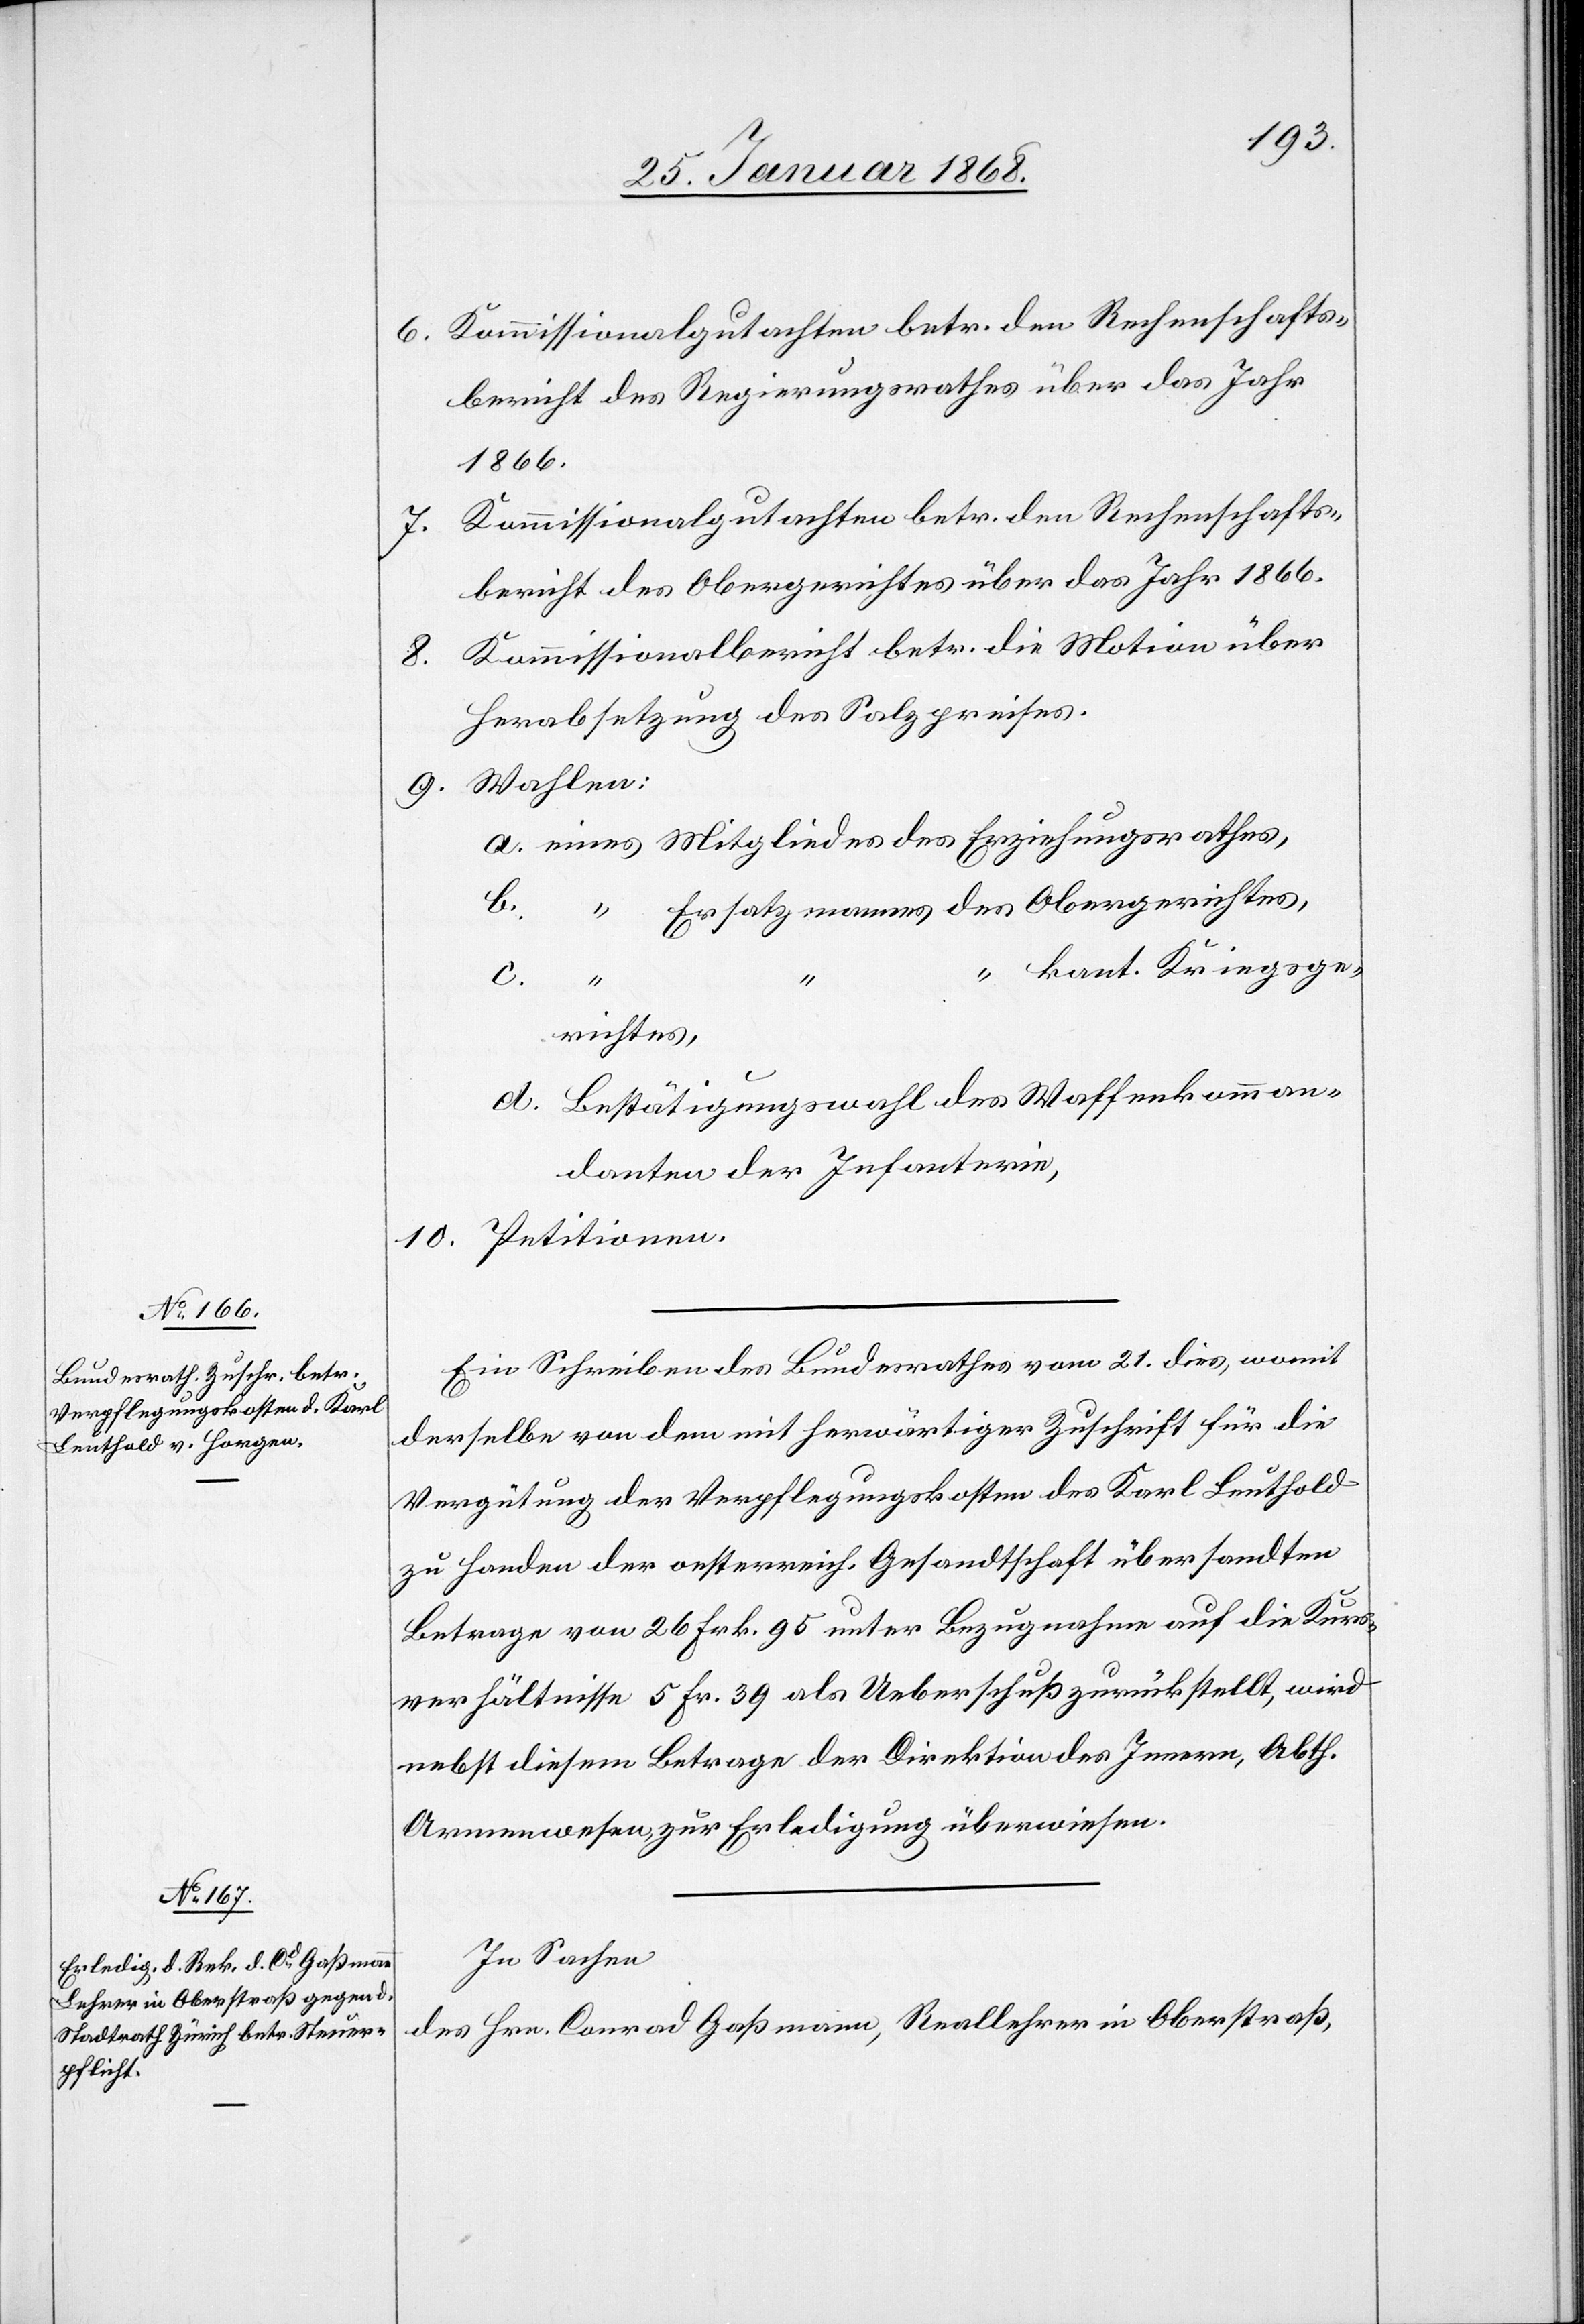
Kommissionalgutachten betr. den Rechenschafts¬
bericht des Regierungsrathes über das Jahr
1866.
bericht des Obergerichtes über das Jahr 1866.
Kommissionalbericht betr. die Motion über
7.
Herabsetzung des Salzpreises.
a. eines Mitgliedes des Erziehungsrathes,
b.
Ersatzmannes des Obergerichtes,
“ kant. Kriegsge¬
10.
richtes,
d. Bestätigungswahl des Waffenkomman¬
danten der Infanterie,
Ein Schreiben des Bundesrathes vom 21. dies, womit
derselbe von dem mit herwärtiger Zuschrift für die
Vergütung der Verpflegungskosten des Karl Leuthold
zu Handen der oesterreich. Gesandtschaft übersandten
Betrage von 26 Frk. 95 unter Bezugnahme auf die Kurs¬
verhältnisse 5 Fr. 39 als Ueberschuß zurückstellt, wird
nebst diesem Betrage der Direktion des Innern, Abth.
Armenwesen, zur Erledigung überwiesen.
In Sachen
des Hrn. Conrad Gaßmann, Reallehrer in Oberstraß,